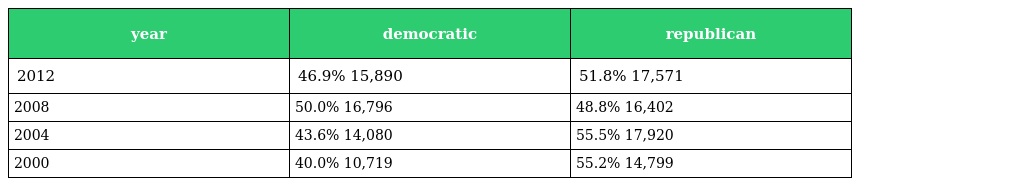
| year | democratic | republican |
 | --- | --- | --- |
 | 2012 | 46.9% 15,890 | 51.8% 17,571 |
 | 2008 | 50.0% 16,796 | 48.8% 16,402 |
 | 2004 | 43.6% 14,080 | 55.5% 17,920 |
 | 2000 | 40.0% 10,719 | 55.2% 14,799 |